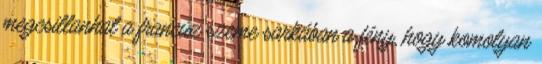
megcsillanhat a francúz szeme sarkában a fény, hogy komolyan